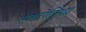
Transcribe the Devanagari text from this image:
एनाटोलियाई